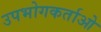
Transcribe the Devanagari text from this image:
उपभोगकर्ताओ